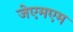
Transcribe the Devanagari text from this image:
जेएमएम